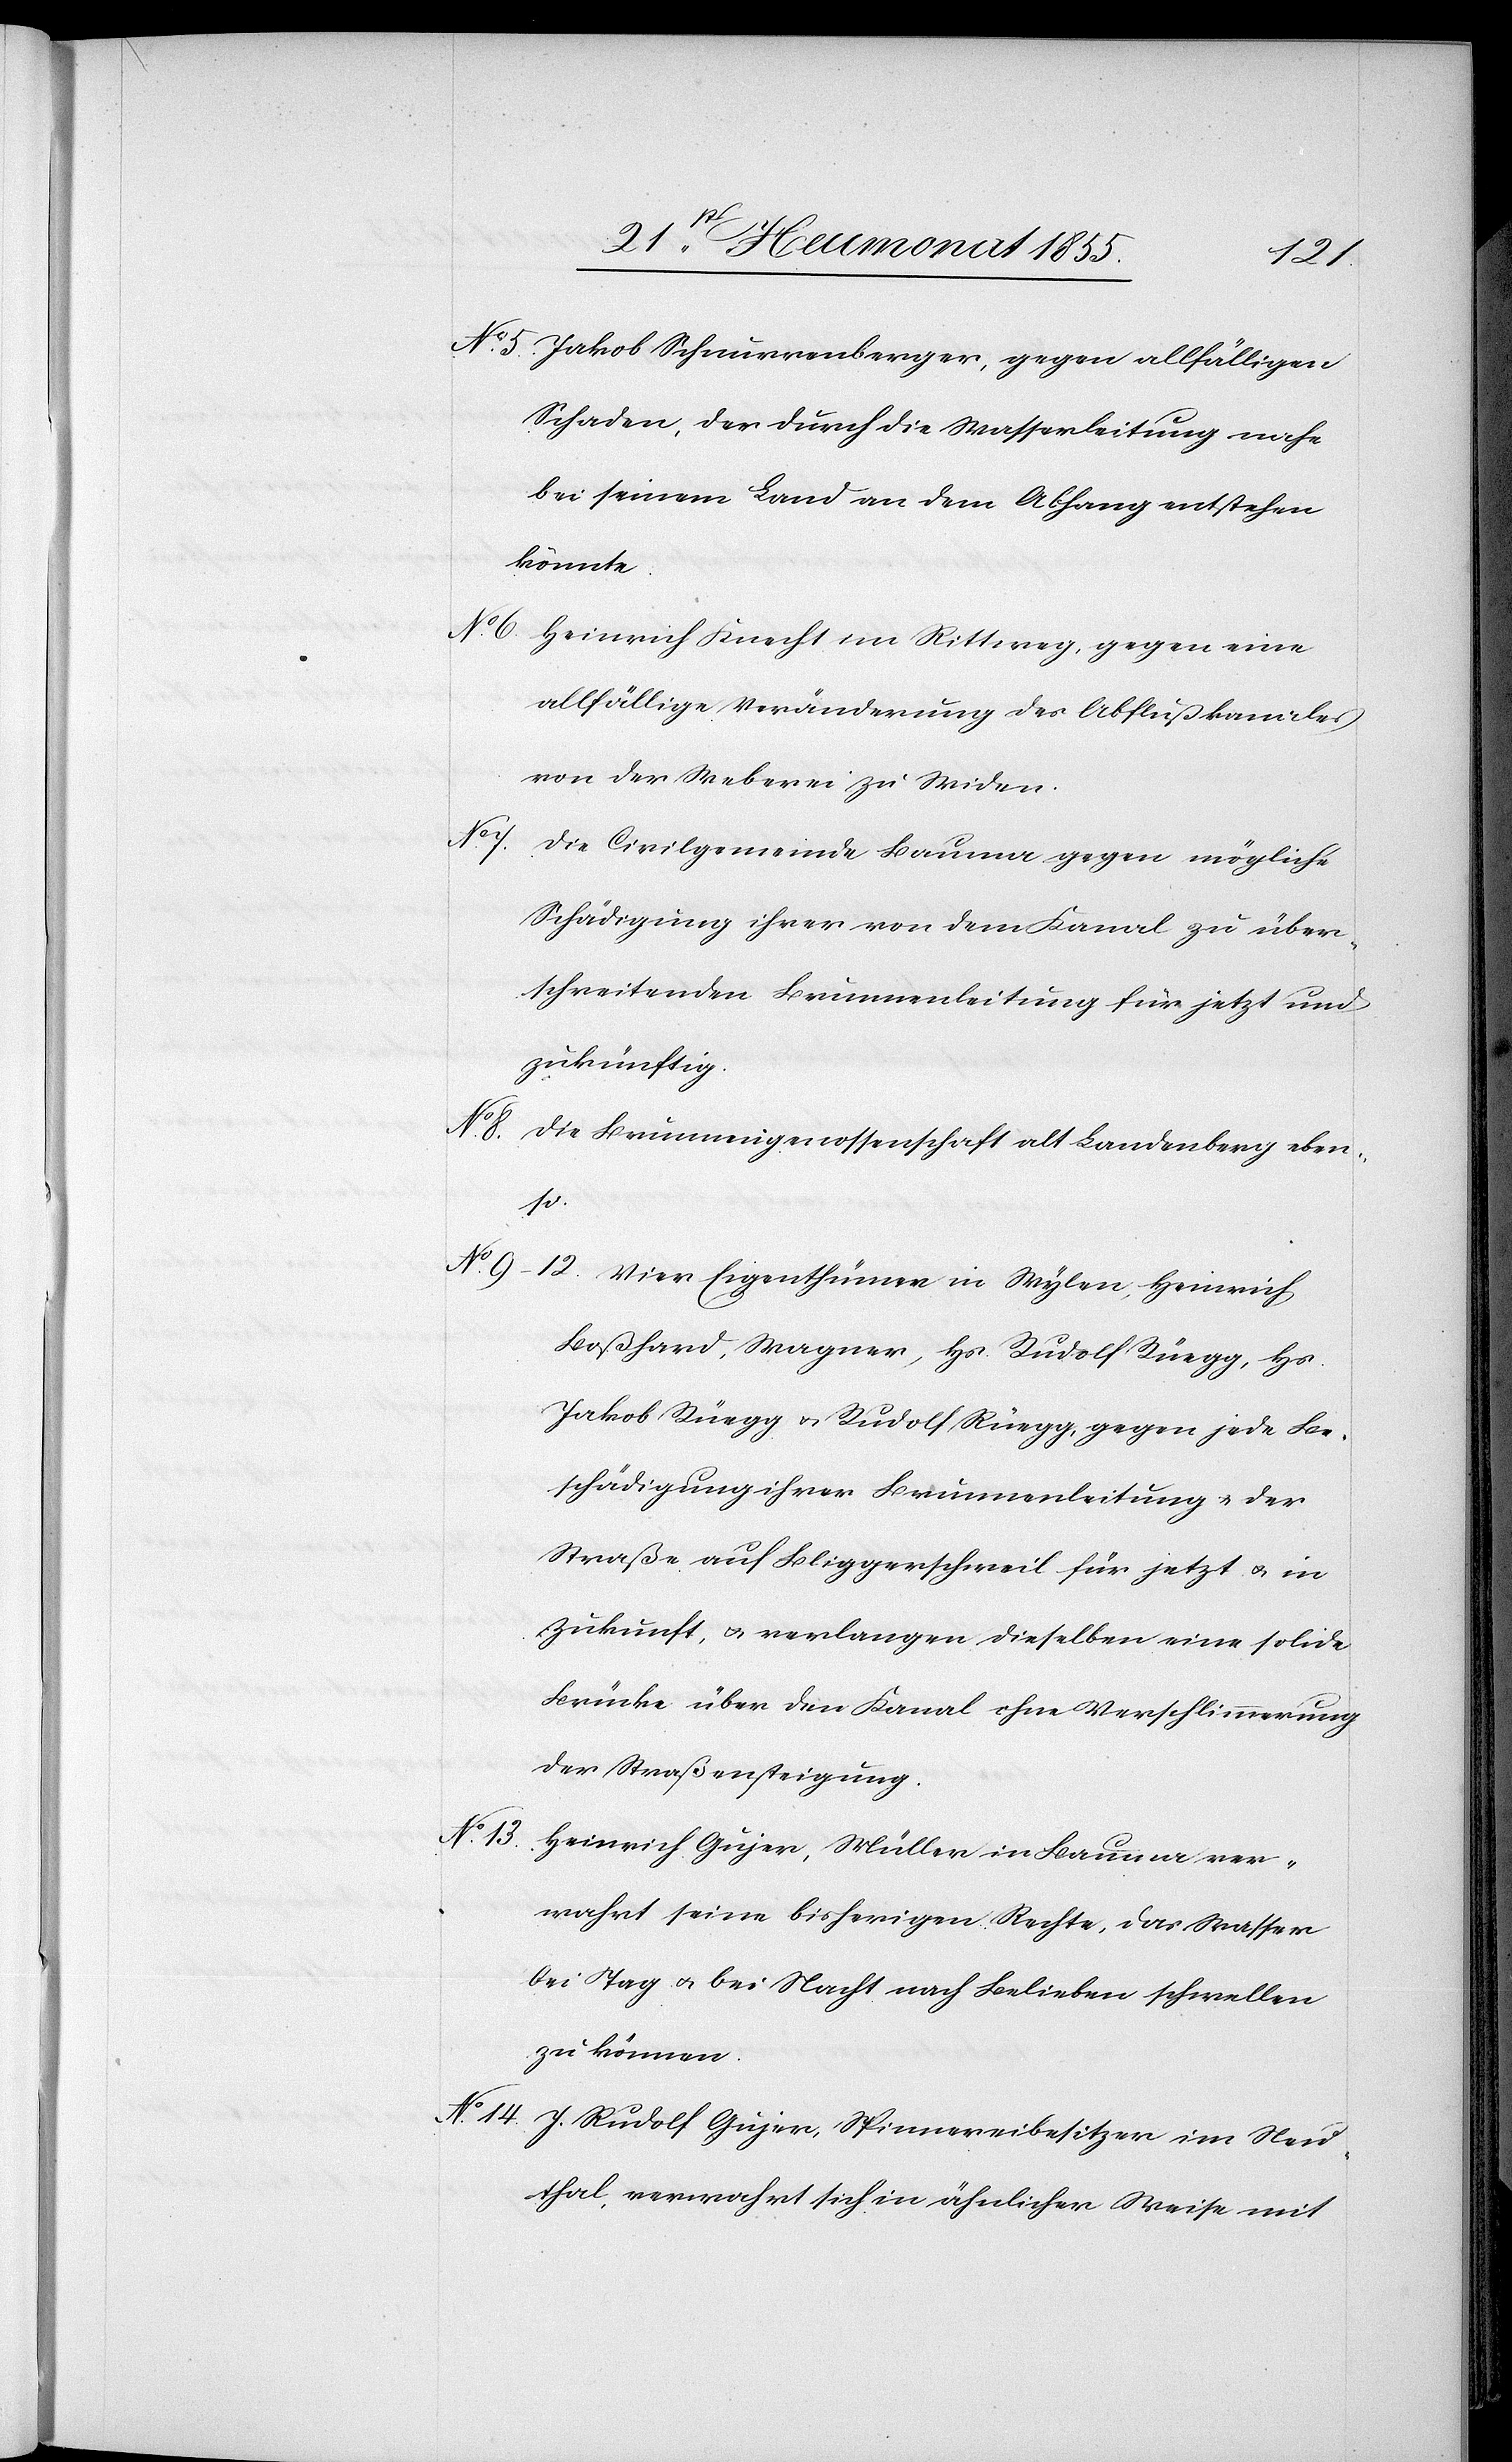
No. 14.
Jakob Schnurrenberger, gegen allfälligen
Schaden, der durch die Wasserleitung nahe
bei seinem Land an dem Abhang entstehen
könnte.
Heinrich Knecht im Rittweg, gegen eine
allfällige Veränderung des Abflußkanales
von der Weberei zu Widen.
ver¬
Die Civilgemeinde Bauma gegen mögliche
Schädigung ihrer von dem Kanal zu über¬
schreitenden Brunnenleitung für jetzt und
zukünftig.
Die Brunnengenossenschaft alt Landenberg eben¬
so.
No.
Vier Eigenthümer in Wylen, Heinrich
Boßhard, Wagner, Hs. Rudolf Rüegg, Hs.
Jakob Rüegg & Rudolf Rüegg, gegen jede Be¬
schädigung ihrer Brunnenleitung & der
Straße auf Bliggerschweil für jetzt & in
Zukunft, & verlangen dieselben eine solide
Brücke über den Kanal ohne Verschlimmerung
der Straßensteigung.
wahrt seine bisherigen Rechte, das Wasser
bei Tag & bei Nacht nach Belieben schwellen
zu können.
J. Rudolf Gujer, Spinnereibesitzer im Neu¬
thal, verwahrt sich in ähnlicher Weise mit